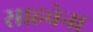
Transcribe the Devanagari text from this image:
साहवेना